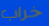
خراب